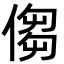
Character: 㑳